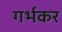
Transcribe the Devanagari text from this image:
गर्भकर